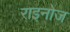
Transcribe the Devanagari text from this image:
राइनोज